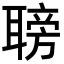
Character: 𦗍